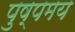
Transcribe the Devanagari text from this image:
पुष्पमय